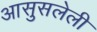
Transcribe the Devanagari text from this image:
आसुसलेली